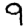
Digit: 9